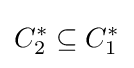
C_{2}^{*}\subseteq C_{1}^{*}